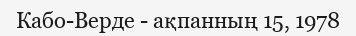
Кабо-Верде - ақпанның 15, 1978